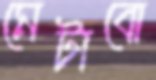
মেটাবো